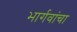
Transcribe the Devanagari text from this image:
भार्गवांचा